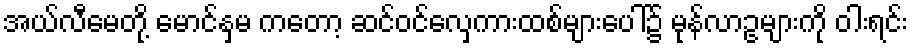
အယ်လီမေတို့ မောင်နှမ ကတော့ ဆင်ဝင်လှေကားထစ်များပေါ်၌ မုန်လာဥများကို ဝါးရင်း